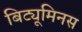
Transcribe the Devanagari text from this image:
बिट्यूमिनस